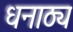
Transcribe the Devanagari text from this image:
धनाठ्य